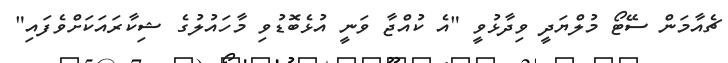
ޗެއާމަން ސޭޓޯ މުލްޔަދީ ވިދާޅުވީ "އެ ކުއްޖާ ވަނީ އުޅެބޮޑުވި މާހައުލުގެ ޝިކާރައަކަށްވެފައި"